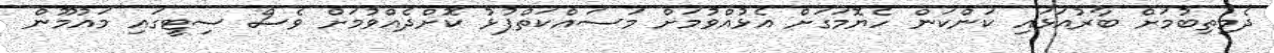
ދެމިތިބުމަށް ބާރުއަޅައި ކަންކަން ހެޔޮމަގަށް އެޅުއްވުމަށް މަސައްކަތްޕުޅު ކޮށްދެއްވުމަށް ވެސް ސިޓީގައި މައުމޫން